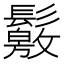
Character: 𩯛